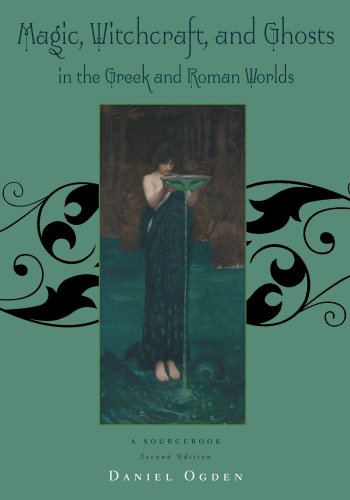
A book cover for Magic, Witchcraft and Ghosts in the Greek and Roman Worlds: A Sourcebook; Daniel Ogden; Religion & Spirituality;